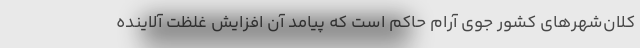
کلان‌شهرهای کشور جوی آرام حاکم است که پیامد آن افزایش غلظت آلاینده